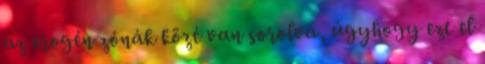
az erogén zónák közé van sorolva, úgyhogy ezt el